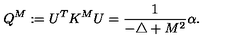
Q ^ { M } : = U ^ { T } K ^ { M } U = \frac { 1 } { - \triangle + M ^ { 2 } } \alpha .